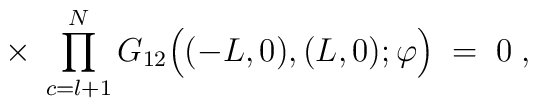
\times \;\prod_{c=l+1}^N G_{12}\Big((-L,0),(L,0);\varphi\Big) \; = \; 0 \; ,